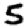
Digit: 5